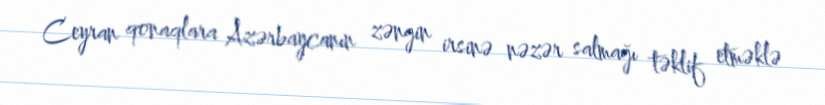
Ceyran qonaqlara Azərbaycanın zəngin irsinə nəzər salmağı təklif etməklə